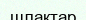
шлактар